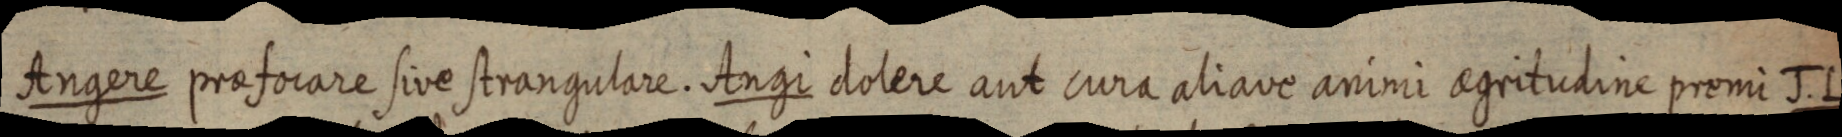
Angere praefocare sive strangulare. Angi dolere aut cura aliave animi agritudine premi J. L